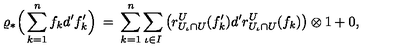
\varrho _ { * } \Big ( \sum _ { k = 1 } ^ { n } f _ { k } d ^ { \prime } f _ { k } ^ { \prime } \Big ) \: = \: \sum _ { k = 1 } ^ { n } \sum _ { \iota \in I } \big ( r _ { U _ { \iota } \cap U } ^ { U } ( f _ { k } ^ { \prime } ) d ^ { \prime } r _ { U _ { \iota } \cap U } ^ { U } ( f _ { k } ) \big ) \otimes 1 + 0 ,